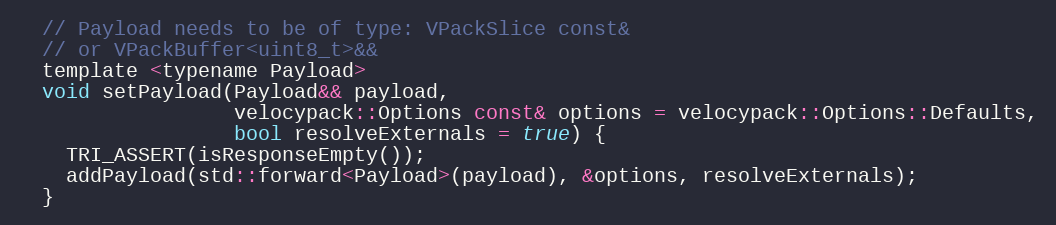
Language: C
  // Payload needs to be of type: VPackSlice const&
  // or VPackBuffer<uint8_t>&&
  template <typename Payload>
  void setPayload(Payload&& payload,
                  velocypack::Options const& options = velocypack::Options::Defaults,
                  bool resolveExternals = true) {
    TRI_ASSERT(isResponseEmpty());
    addPayload(std::forward<Payload>(payload), &options, resolveExternals);
  }